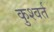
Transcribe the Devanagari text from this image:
कुश्वर्त